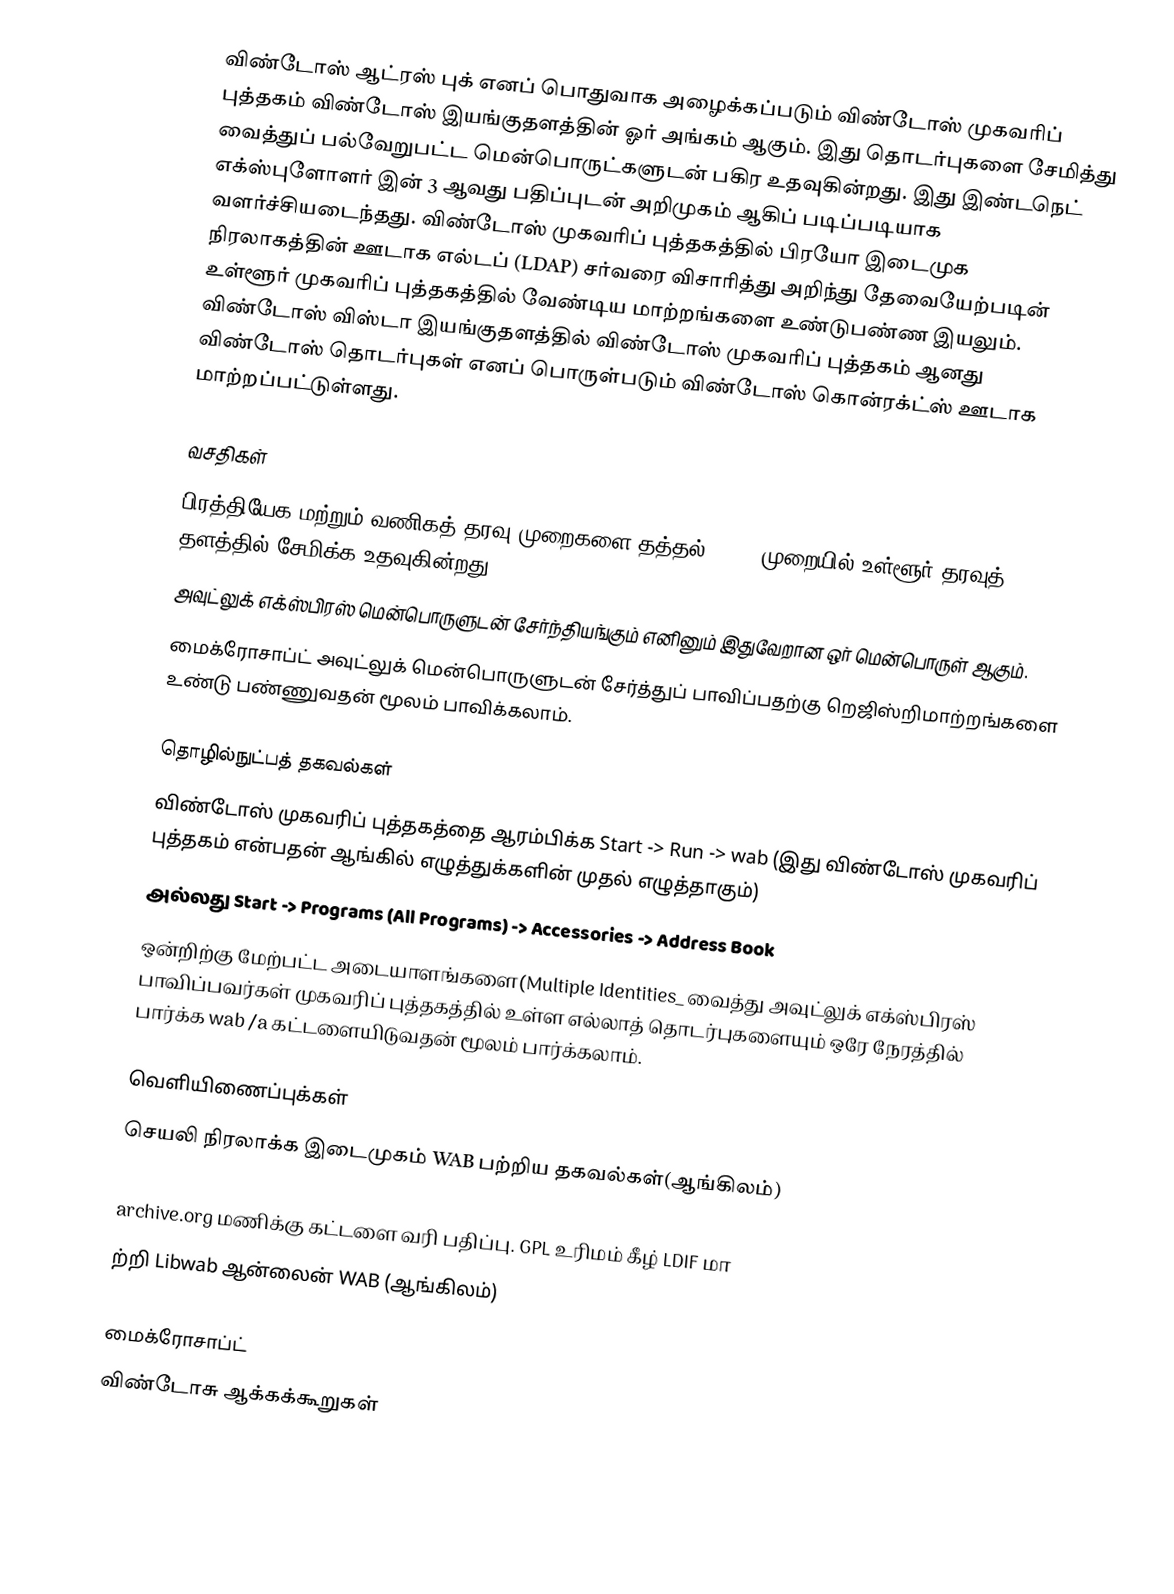
விண்டோஸ் ஆட்ரஸ் புக் எனப் பொதுவாக அழைக்கப்படும் விண்டோஸ் முகவரிப் புத்தகம் விண்டோஸ் இயங்குதளத்தின் ஓர் அங்கம் ஆகும். இது தொடர்புகளை சேமித்து வைத்துப் பல்வேறுபட்ட மென்பொருட்களுடன் பகிர உதவுகின்றது. இது இண்டநெட் எக்ஸ்புளோளர் இன் 3 ஆவது பதிப்புடன் அறிமுகம் ஆகிப் படிப்படியாக வளர்ச்சியடைந்தது. விண்டோஸ் முகவரிப் புத்தகத்தில் பிரயோ இடைமுக நிரலாகத்தின் ஊடாக எல்டப் (LDAP) சர்வரை விசாரித்து அறிந்து தேவையேற்படின் உள்ளூர் முகவரிப் புத்தகத்தில் வேண்டிய மாற்றங்களை உண்டுபண்ண இயலும். விண்டோஸ் விஸ்டா இயங்குதளத்தில் விண்டோஸ் முகவரிப் புத்தகம் ஆனது விண்டோஸ் தொடர்புகள் எனப் பொருள்படும் விண்டோஸ் கொன்ரக்ட்ஸ் ஊடாக மாற்றப்பட்டுள்ளது.

வசதிகள்
பிரத்தியேக மற்றும் வணிகத் தரவு முறைகளை தத்தல்(Tabs) முறையில் உள்ளூர் தரவுத் தளத்தில் சேமிக்க உதவுகின்றது.
அவுட்லுக் எக்ஸ்பிரஸ் மென்பொருளுடன் சேர்ந்தியங்கும் எனினும் இதுவேறான ஒர் மென்பொருள் ஆகும்.
மைக்ரோசாப்ட் அவுட்லுக் மென்பொருளுடன் சேர்த்துப் பாவிப்பதற்கு றெஜிஸ்றிமாற்றங்களை உண்டு பண்ணுவதன் மூலம் பாவிக்கலாம்.

தொழில்நுட்பத் தகவல்கள்
விண்டோஸ் முகவரிப் புத்தகத்தை ஆரம்பிக்க Start -> Run -> wab (இது விண்டோஸ் முகவரிப் புத்தகம் என்பதன் ஆங்கில் எழுத்துக்களின் முதல் எழுத்தாகும்)
அல்லது Start -> Programs (All Programs) -> Accessories -> Address Book
ஒன்றிற்கு மேற்பட்ட அடையாளங்களை(Multiple Identities_ வைத்து அவுட்லுக் எக்ஸ்பிரஸ் பாவிப்பவர்கள் முகவரிப் புத்தகத்தில் உள்ள எல்லாத் தொடர்புகளையும் ஒரே நேரத்தில் பார்க்க wab /a கட்டளையிடுவதன் மூலம் பார்க்கலாம்.

வெளியிணைப்புக்கள்
செயலி நிரலாக்க இடைமுகம்  WAB பற்றிய தகவல்கள்(ஆங்கிலம்)

archive.org மணிக்கு கட்டளை வரி பதிப்பு. GPL உரிமம் கீழ் LDIF மா
ற்றி Libwab ஆன்லைன் WAB  (ஆங்கிலம்)

மைக்ரோசாப்ட்
விண்டோசு ஆக்கக்கூறுகள்